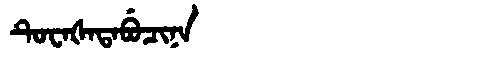
Manchu: ᡨᡠᠸᠠᡧᠠᡨᠠᠪᡠᠴᡳᠨᠠ
Romanization: TUWAŠATABUCINA